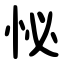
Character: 怭